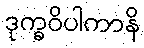
ဒုက္ခဝိပါကာနိ